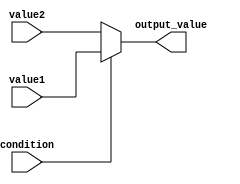
module conditional_operator_example (
    input wire condition,    // Input condition (boolean expression)
    input wire [7:0] value1, // First value (8-bit input)
    input wire [7:0] value2, // Second value (8-bit input)
    output reg [7:0] output_value // Output value (8-bit output)
);

// Always block to handle combinational logic
always @(*) begin
    // Conditional operator assignment
    output_value = condition ? value1 : value2;
end

endmodule